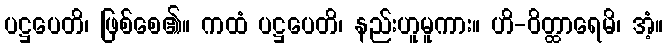
ပဋ္ဌပေတိ၊ ဖြစ်စေ၏။ ကထံ ပဋ္ဌပေတိ၊ နည်းဟူမူကား။ ဟိ-ဝိတ္ထာရေမိ၊ အံ့။